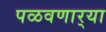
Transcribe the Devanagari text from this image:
पळवणार्‍या